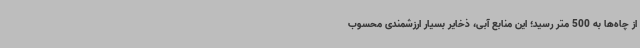
از چاه‌ها به 500 متر رسید؛ این منابع آبی، ذخایر بسیار ارزشمندی محسوب